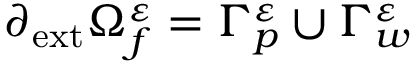
\partial _ { \mathrm { { e x t } } } \Omega _ { f } ^ { \varepsilon } = \Gamma _ { p } ^ { \varepsilon } \cup \Gamma _ { w } ^ { \varepsilon }